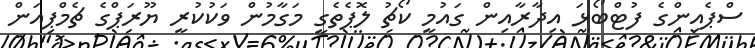
ސްޕެއިންގެ ފުޓްބޯޅަ އިދާރާއިން ގައުމީ ކޯޗު ލޮޕެތެގީ މަގާމުން ވަކުކުރީ ޔޫރަޕްގެ ޗެމްޕިއަން